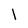
Character: l